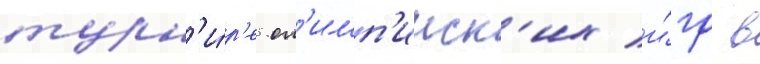
турн'и́р'е ол'имп'ииск'их и́гр в